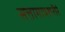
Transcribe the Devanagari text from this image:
सत्तामात्रशरीरं